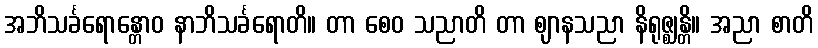
အဘိသင်္ခရောန္တောဝ နာဘိသင်္ခရောတိ။ တာ စေဝ သညာတိ တာ ဈာနသညာ နိရုဇ္ဈန္တိ။ အညာ စာတိ